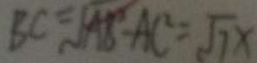
B C = \sqrt { A B ^ { 2 } - A C ^ { 2 } } = \sqrt { 7 } x